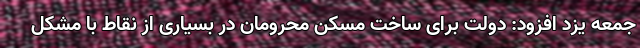
جمعه یزد افزود: دولت برای ساخت مسکن محرومان در بسیاری از نقاط با مشکل